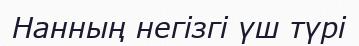
Нанның негізгі үш түрі